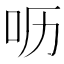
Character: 呖